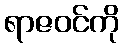
ရာဇဝင်ကို